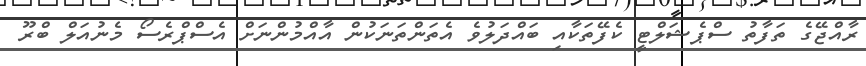
ރާއްޖޭގެ ތަފާތު ސްޕެޝަލްޓީ ކެފޭތަކާއި ބައްދަލުވެ އެތަންތަނަކުން އާއްމުންނަށް އެސްޕްރެސޯ މެނުއަލް ބްރޫ